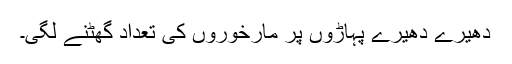
دھیرے دھیرے پہاڑوں پر مارخوروں کی تعداد گھٹنے لگی۔